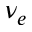
\nu _ { e }